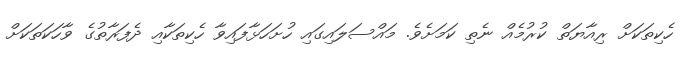
ހެކިތަކަށް ރިއާޔަތް ކުރުމެއް ނެތި ކަމަށެވެ. މައްސަލައިގައި ހުށަހަޅާފައިވާ ހެކިތަކާއި ދެފަރާތުގެ ވާހަކަތަކަށް